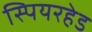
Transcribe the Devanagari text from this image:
स्पियरहेड